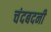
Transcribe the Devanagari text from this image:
चंदबदनी